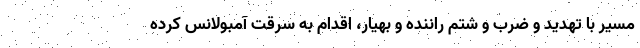
مسیر با تهدید و ضرب و شتم راننده و بهیار، اقدام به سرقت آمبولانس کرده